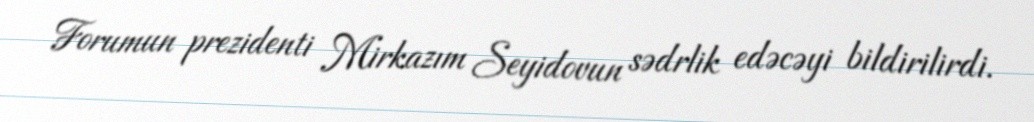
Forumun prezidenti Mirkazım Seyidovun sədrlik edəcəyi bildirilirdi.